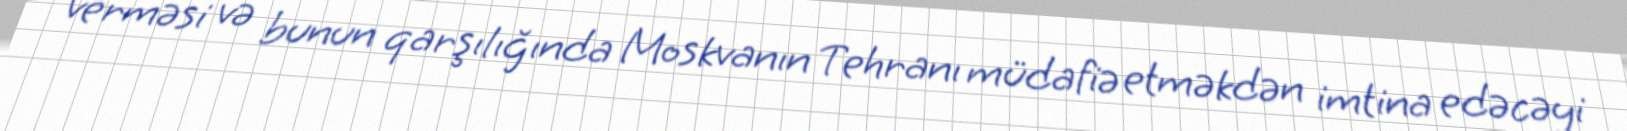
verməsi və bunun qarşılığında Moskvanın Tehranı müdafiə etməkdən imtina edəcəyi